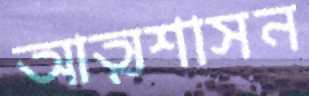
আত্মশাসন